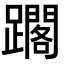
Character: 𨆿